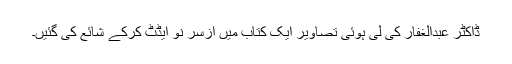
ڈاکٹر عبدالغفار کی لی ہوئی تصاویر ایک کتاب میں ازسر نو ایڈٹ کرکے شائع کی گئیں۔